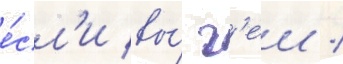
е́сл'и вы́ г'еи /